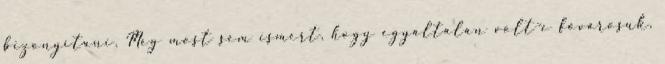
bizonyítani. Még most sem ismert, hogy egyáltalán volt-e fővárosuk,